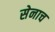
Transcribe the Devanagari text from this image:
सेनाच